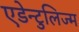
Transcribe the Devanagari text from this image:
एडेन्टुलिज्म